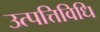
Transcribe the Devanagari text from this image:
उत्पत्तिविधि